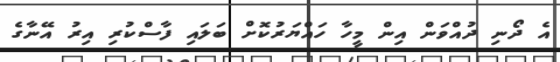
އެ ދޯނި ދުއްވަން އިން މީހާ ހައްޔަރުކޮށް ބަލައި ފާސްކުރި އިރު އޭނާގެ